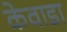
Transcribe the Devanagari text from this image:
केवाडा